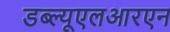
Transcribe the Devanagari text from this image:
डब्ल्यूएलआरएन